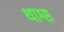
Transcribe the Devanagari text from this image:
थाग्स